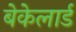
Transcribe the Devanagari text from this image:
बेकेलार्ड